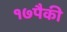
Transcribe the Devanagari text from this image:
१७पैकी